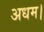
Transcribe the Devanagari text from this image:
अधम।